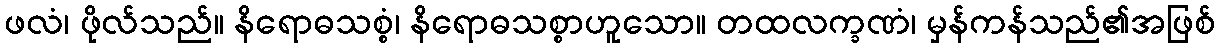
ဖလံ၊ ဖိုလ်သည်။ နိရောဓသစ္စံ၊ နိရောဓသစ္စာဟူသော။ တထလက္ခဏံ၊ မှန်ကန်သည်၏အဖြစ်